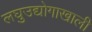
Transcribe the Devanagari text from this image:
लघुउद्योगाखाली